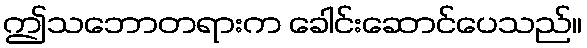
ဤသဘောတရားက ခေါင်းဆောင်ပေသည်။